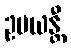
ဥပယန္တီ